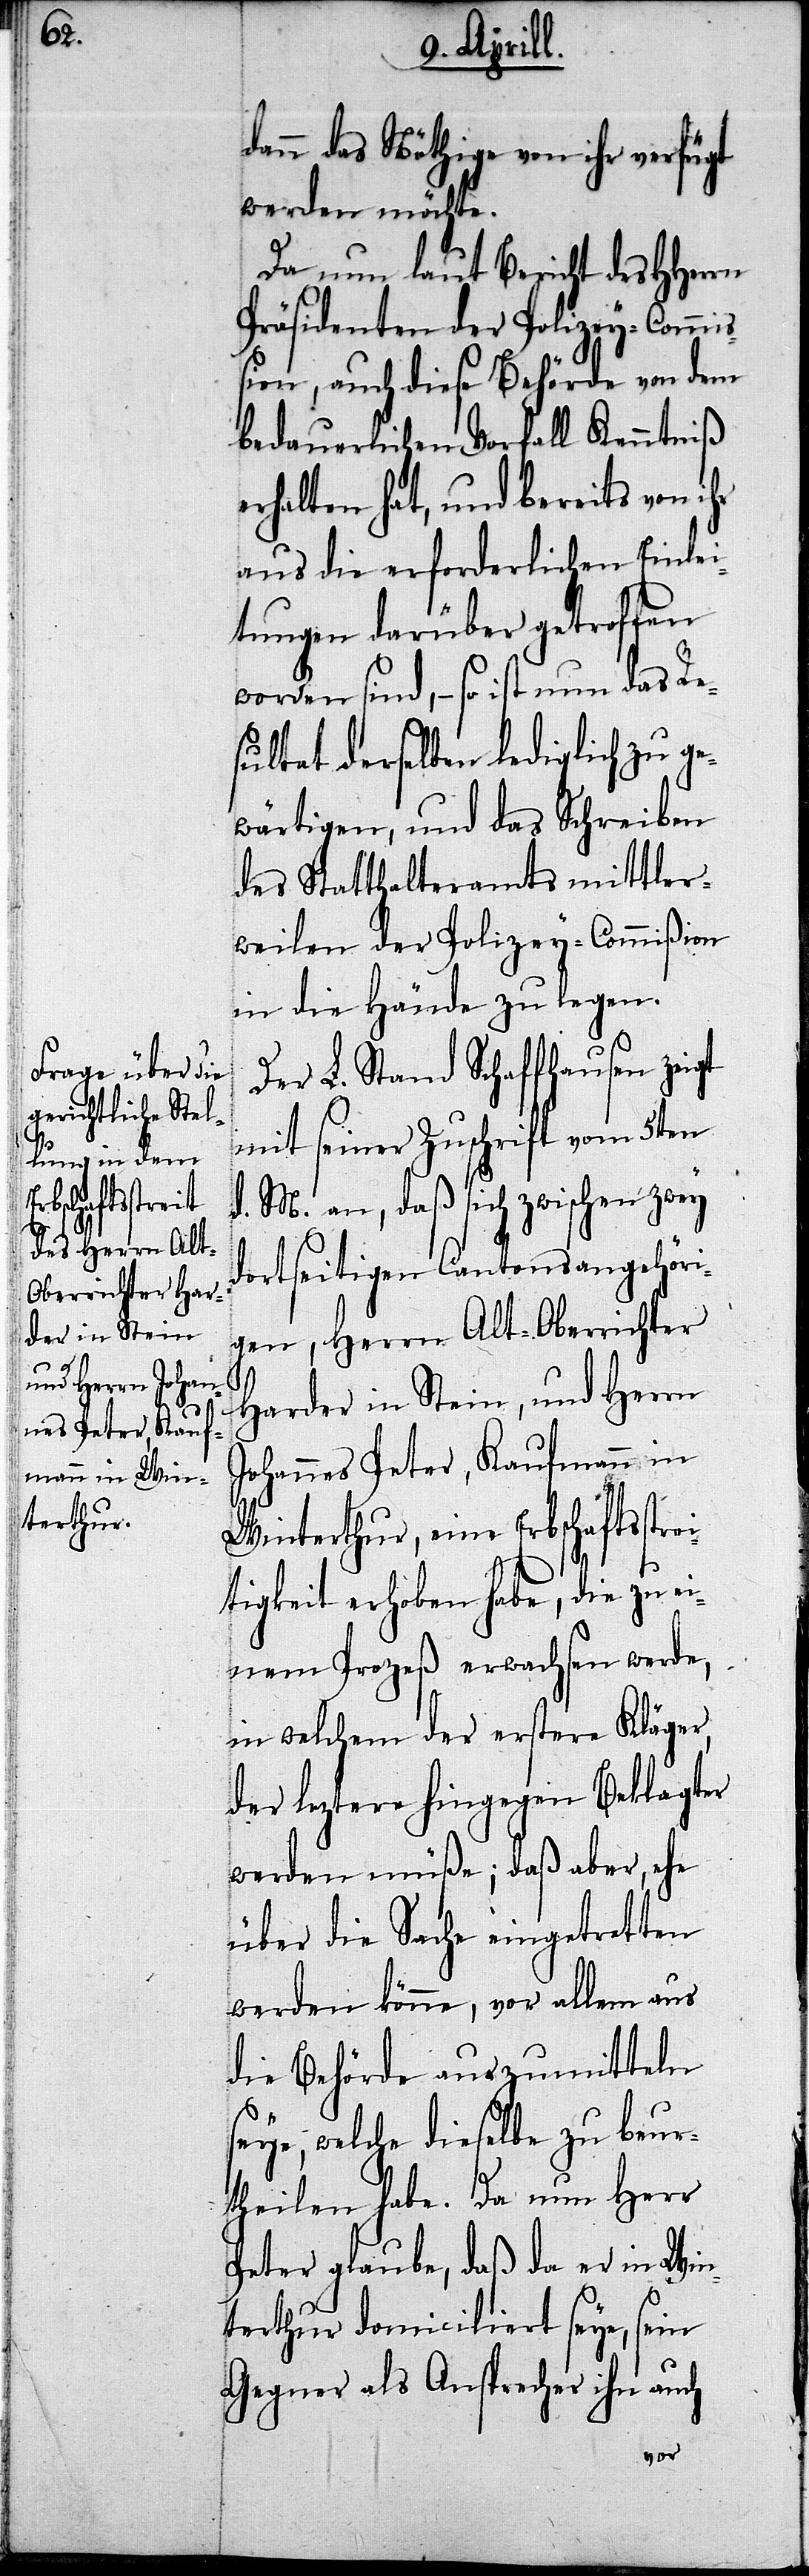
gt

dann das Nöthige von ihr verfügt
werden möchte.
Da nun laut Bericht des HHer¬
Präsidenten der Polizey-Commi¬
ßion, auch diese Behörde von dem
bedauerlichen Vorfall Kenntniß
erhalten hat, und bereits von ihr
aus die erforderlichen Einlei¬
tungen darüber getroffen
worden sind,– so ist nun das Re¬
sultat derselben lediglich zu ge¬
wärtigen, und das Schreiben
des Statthalteramts mittler¬
weilen der Polizey-Commißion
in die Hände zu legen.
Der L. Stand Schaffhausen zei¬
mit seiner Zuschrift vom 5ten
d. M. an, daß sich zwischen zwey
dortseitigen Cantonsangehöri¬
gen, Herrn Alt-Oberrichter
Harder in Stein, und Herrn
Johannes Peter, Kaufmann in
Winterthur, eine Erbschaftsstre¬
itigkeit erhoben habe, die zu ei¬
nem Prozeß erwachsen werde,
in welchem der erstere Kläger,
der leztere hingegen Beklagter
werden müße; daß aber, ehe
über die Sache eingetreten
werden könne, vor allem aus
die Behörde auszumitteln
seye, welche dieselbe zu beur¬
theilen habe. Da nun Herr
Peter glaube, daß da er in Win¬
terthur domiciliert seye, sein
Gegner als Ansprecher ihn auch